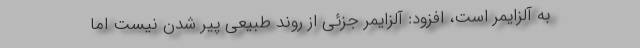
به آلزایمر است، افزود: آلزایمر جزئی از روند طبیعی پیر شدن نیست اما